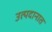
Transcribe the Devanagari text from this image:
उत्पदानात